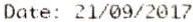
DATE: 21/09/2017